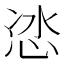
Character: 𭜯